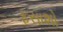
ફસાશો